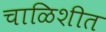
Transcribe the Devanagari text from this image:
चाळिशीत